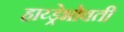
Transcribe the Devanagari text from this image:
हाय्ड्रेभोवती